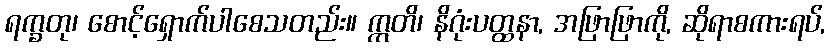
ရက္ခတု၊ စောင့်ရှောက်ပါစေသတည်း။ ဣတိ၊ နိဂုံးပတ္ထနာ, အဖြာဖြာကို, ဆိုရာစကားရပ်,